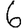
Digit: 6